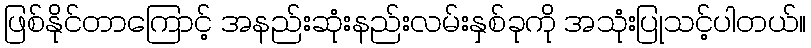
ဖြစ်နိုင်တာကြောင့် အနည်းဆုံးနည်းလမ်းနှစ်ခုကို အသုံးပြုသင့်ပါတယ်။